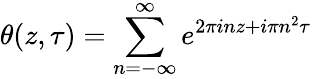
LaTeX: \theta(z,\tau)=\sum_{n=-\infty}^{\infty}e^{2\pi inz+i\pi n^{2}\tau}